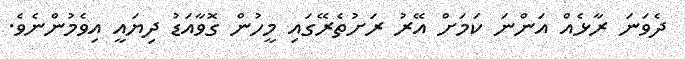
ދެވަނަ ރާޅެއް އަންނަ ކަމަށް އޭރު ރަށުތެރޭގައި މީހުން ގޮވާއަޑު ދިޔައީ އިވެމުންނެވެ.